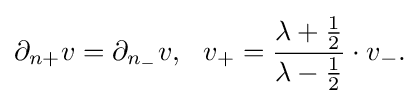
\displaystyle {\partial _{n+}v=\partial _{n_{-}}v,\,\,\,\,v_{+}={\lambda +{1 \over 2} \over \lambda -{1 \over 2}}\cdot v_{-}.}